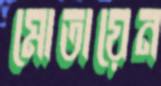
মোতায়েন